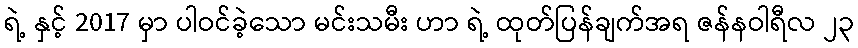
ရဲ့ နှင့် 2017 မှာ ပါဝင်ခဲ့သော မင်းသမီး ဟာ ရဲ့ ထုတ်ပြန်ချက်အရ ဇန်နဝါရီလ ၂၃